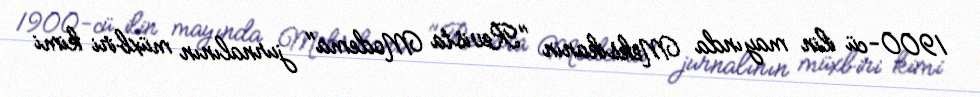
1900-cü ilin mayında Meksikanın "Revista Modema" jurnalının müxbiri kimi